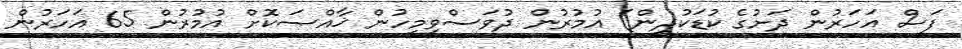
ފަސް އަހަރުން ދަށުގެ ކުޑަކުދިން) އުމުރުން ދުވަސްވީމީހުން ޚާއްޞަކޮށް އުމުރުން 65 އަހަރުން